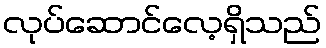
လုပ်ဆောင်လေ့ရှိသည်